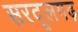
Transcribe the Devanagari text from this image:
सरदूलगढ़